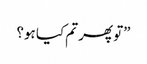
”تو پھر تم کیا ہو؟